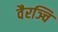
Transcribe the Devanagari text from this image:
वैरञ्चि